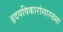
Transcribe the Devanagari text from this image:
हृदयविकारांसारख्या